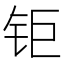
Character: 钜